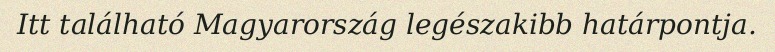
Itt található Magyarország legészakibb határpontja.